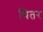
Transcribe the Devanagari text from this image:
चितर